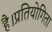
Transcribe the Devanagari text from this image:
है।प्रतियोगिता